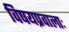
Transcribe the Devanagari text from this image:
विषयप्रवालाः